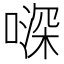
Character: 𠽉